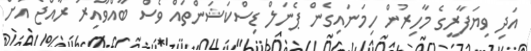
އަދި ވިޔަފާރީގެ މާހިރުން ހިމަނައިގެން ޕެނަލް ޑިސްކަޝަންތައް ވެސް ބާއްވާއިރު ރާއްޖެ އަށް